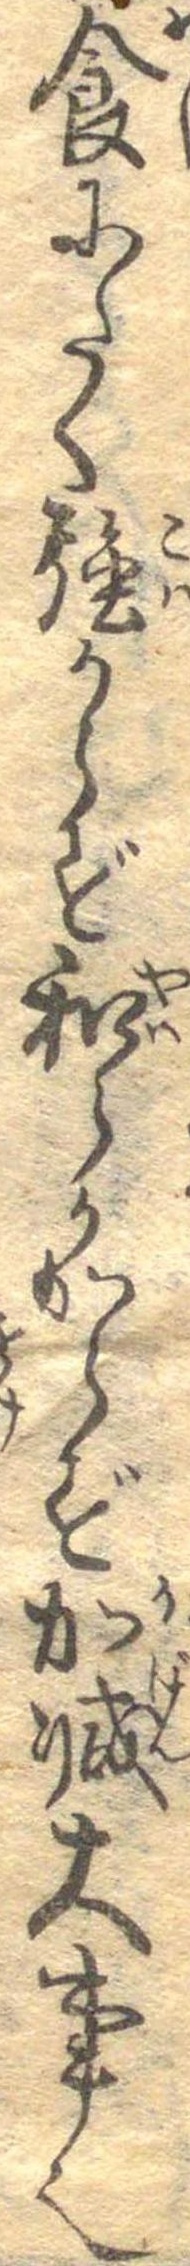
食にたく強からず和らかからず加減大事也